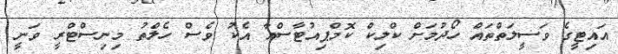
އައިޓީގެ ވަސީލަތްތައް ހޯދުމަށް ކްލިކް ކޮމްޕިއުޓާސްއާ އެކު ވެސް ހެލްތު މިނިސްޓްރީ ވަނީ